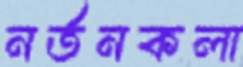
নর্তনকলা